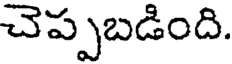
చెప్పబడింది.